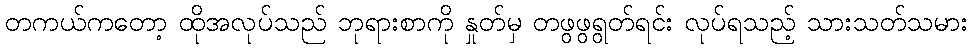
တကယ်ကတော့ ထိုအလုပ်သည် ဘုရားစာကို နှုတ်မှ တဖွဖွရွတ်ရင်း လုပ်ရသည့် သားသတ်သမား